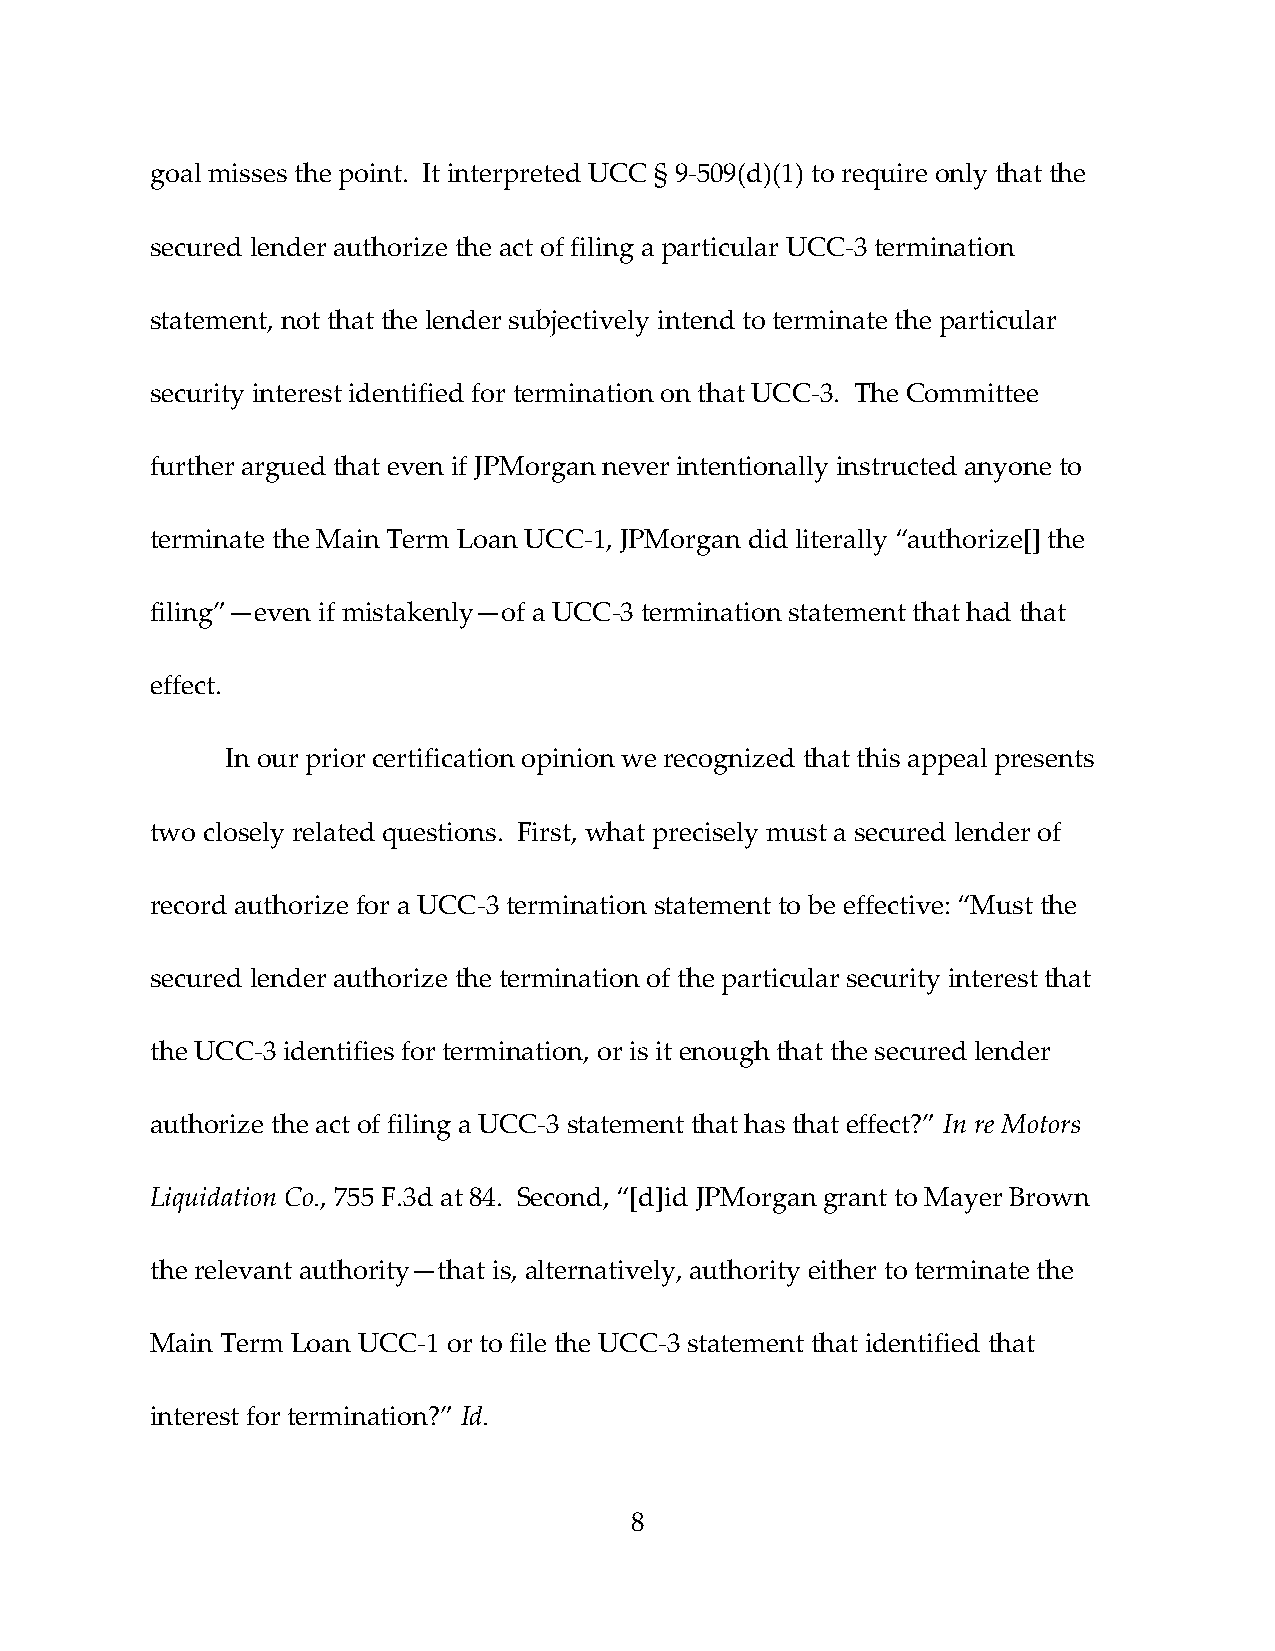
goal misses the point. It interpreted UCC § 9‐509(d)(1) to require only that the
 secured lender authorize the act of filing a particular UCC‐3 termination
 statement, not that the lender subjectively intend to terminate the particular
 security interest identified for termination on that UCC‐3. The Committee
 further argued that even if JPMorgan never intentionally instructed anyone to
 terminate the Main Term Loan UCC‐1, JPMorgan did literally “authorize[] the
 filing”—even if mistakenly—of a UCC‐3 termination statement that had that
 effect.
 In our prior certification opinion we recognized that this appeal presents
 two closely related questions. First, what precisely must a secured lender of
 record authorize for a UCC‐3 termination statement to be effective: “Must the
 secured lender authorize the termination of the particular security interest that
 the UCC‐3 identifies for termination, or is it enough that the secured lender
 authorize the act of filing a UCC‐3 statement that has that effect?” In re Motors
 Liquidation Co., 755 F.3d at 84. Second, “[d]id JPMorgan grant to Mayer Brown
 the relevant authority—that is, alternatively, authority either to terminate the
 Main Term Loan UCC‐1 or to file the UCC‐3 statement that identified that
 interest for termination?” Id.
 8